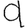
Digit: 9